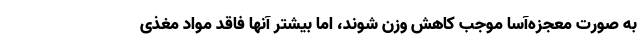
به صورت معجزه‌آسا موجب کاهش وزن شوند، اما بیشتر آنها فاقد مواد مغذی